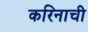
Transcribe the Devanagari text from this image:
करिनाची